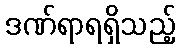
ဒဏ်ရာရရှိသည့်